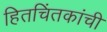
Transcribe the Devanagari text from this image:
हितचिंतकांची